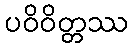
ပဝိဝိတ္တဿ